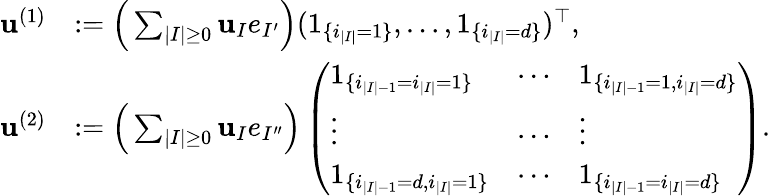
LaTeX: \begin{array}{rl}{{\mathbf u}^{(1)}}&{:=\Big(\sum_{|I|\geq 0}{\mathbf u}_{I}e_{I^{\prime}}\Big)(1_{\{ i_{|I|}=1\} },\ldots,1_{\{ i_{|I|}=d\} })^{\top},}\\ {{\mathbf u}^{(2)}}&{:=\Big(\sum_{|I|\geq 0}{\mathbf u}_{I}e_{I^{\prime\prime}}\Big)\left(\begin{array}{lll}{1_{\{ i_{|I|-1}=i_{|I|}=1\} }}&{\cdots}&{1_{\{ i_{|I|-1}=1,i_{|I|}=d\} }}\\ {\vdots}&{\cdots}&{\vdots}\\ {1_{\{ i_{|I|-1}=d,i_{|I|}=1\} }}&{\cdots}&{1_{\{ i_{|I|-1}=i_{|I|}=d\} }}\end{array}\right).}\end{array}